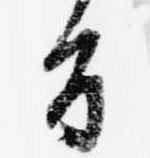
旨